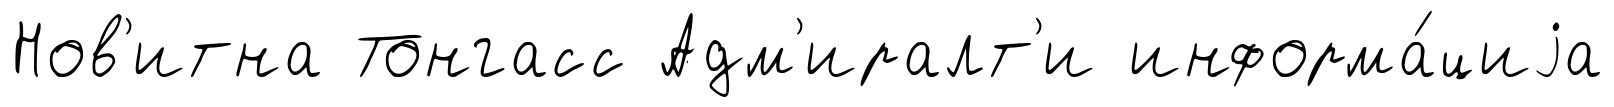
Нов'итна Тонгасс Адм'иралт'и информа́циjа